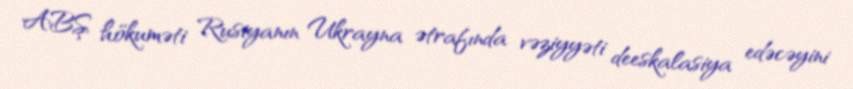
ABŞ hökuməti Rusiyanın Ukrayna ətrafında vəziyyəti deeskalasiya edəcəyini